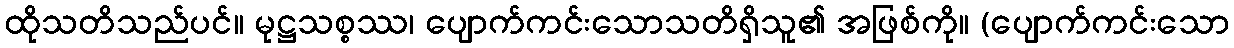
ထိုသတိသည်ပင်။ မုဋ္ဌသစ္စဿ၊ ပျောက်ကင်းသောသတိရှိသူ၏ အဖြစ်ကို။ (ပျောက်ကင်းသော